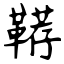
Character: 鞯